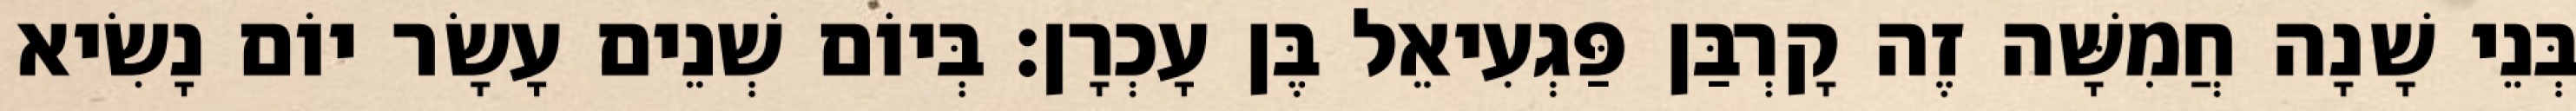
בְּנֵי שָׁנָה חֲמִשָּׁה זֶה קָרְבַּן פַּגְעִיאֵל בֶּן עָכְרָן׃ בְּיוֹם שְׁנֵים עָשָׂר יוֹם נָשִׂיא